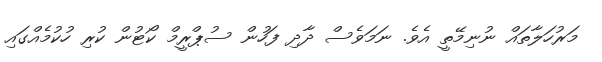
މަރުހަލާތައް ނުނިމޭތީ އެވެ. ނަމަވެސް ދާދި ފަހުން ސުޕްރީމް ކޯޓުން ކުރި ހުކުމެއްގައި